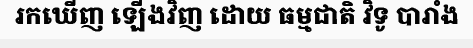
រកឃើញ ឡើងវិញ ដោយ ធម្មជាតិ វិទូ បារាំង